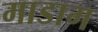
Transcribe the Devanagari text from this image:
माडाम